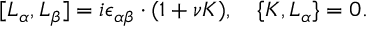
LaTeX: [ L _ { \alpha } , L _ { \beta } ] = i \epsilon _ { \alpha \beta } \cdot ( 1 + \nu K ) , \quad \{ K , L _ { \alpha } \} = 0 .